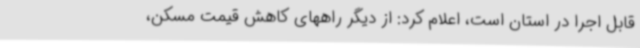
قابل اجرا در استان است، اعلام کرد: از دیگر راههای کاهش قیمت مسکن،